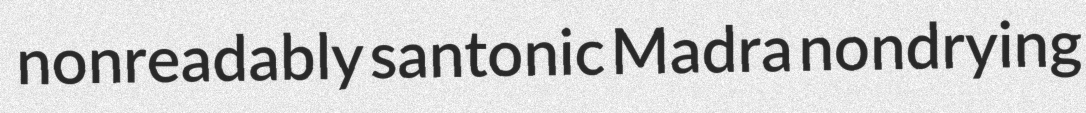
nonreadably santonic Madra nondrying